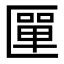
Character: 匰